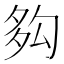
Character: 𡖜